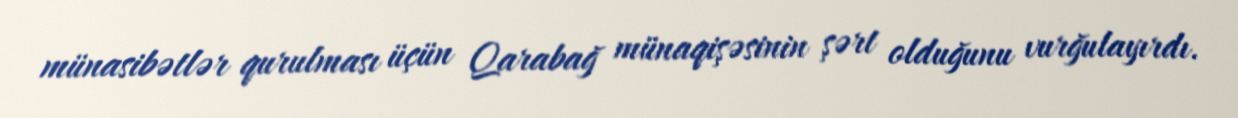
münasibətlər qurulması üçün Qarabağ münaqişəsinin şərt olduğunu vurğulayırdı.